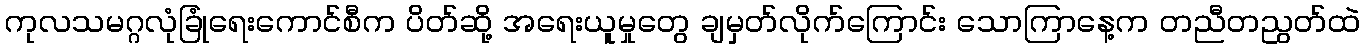
ကုလသမဂ္ဂလုံခြုံရေးကောင်စီက ပိတ်ဆို့ အရေးယူမှုတွေ ချမှတ်လိုက်ကြောင်း သောကြာနေ့က တညီတညွတ်ထဲ